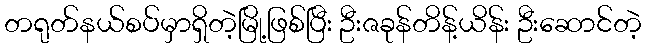
တရုတ်နယ်စပ်မှာရှိတဲ့မြို့ဖြစ်ပြီး ဦးဇခုန်တိန့်ယိန်း ဦးဆောင်တဲ့